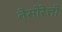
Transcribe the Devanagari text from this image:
तेसोरेत्तो